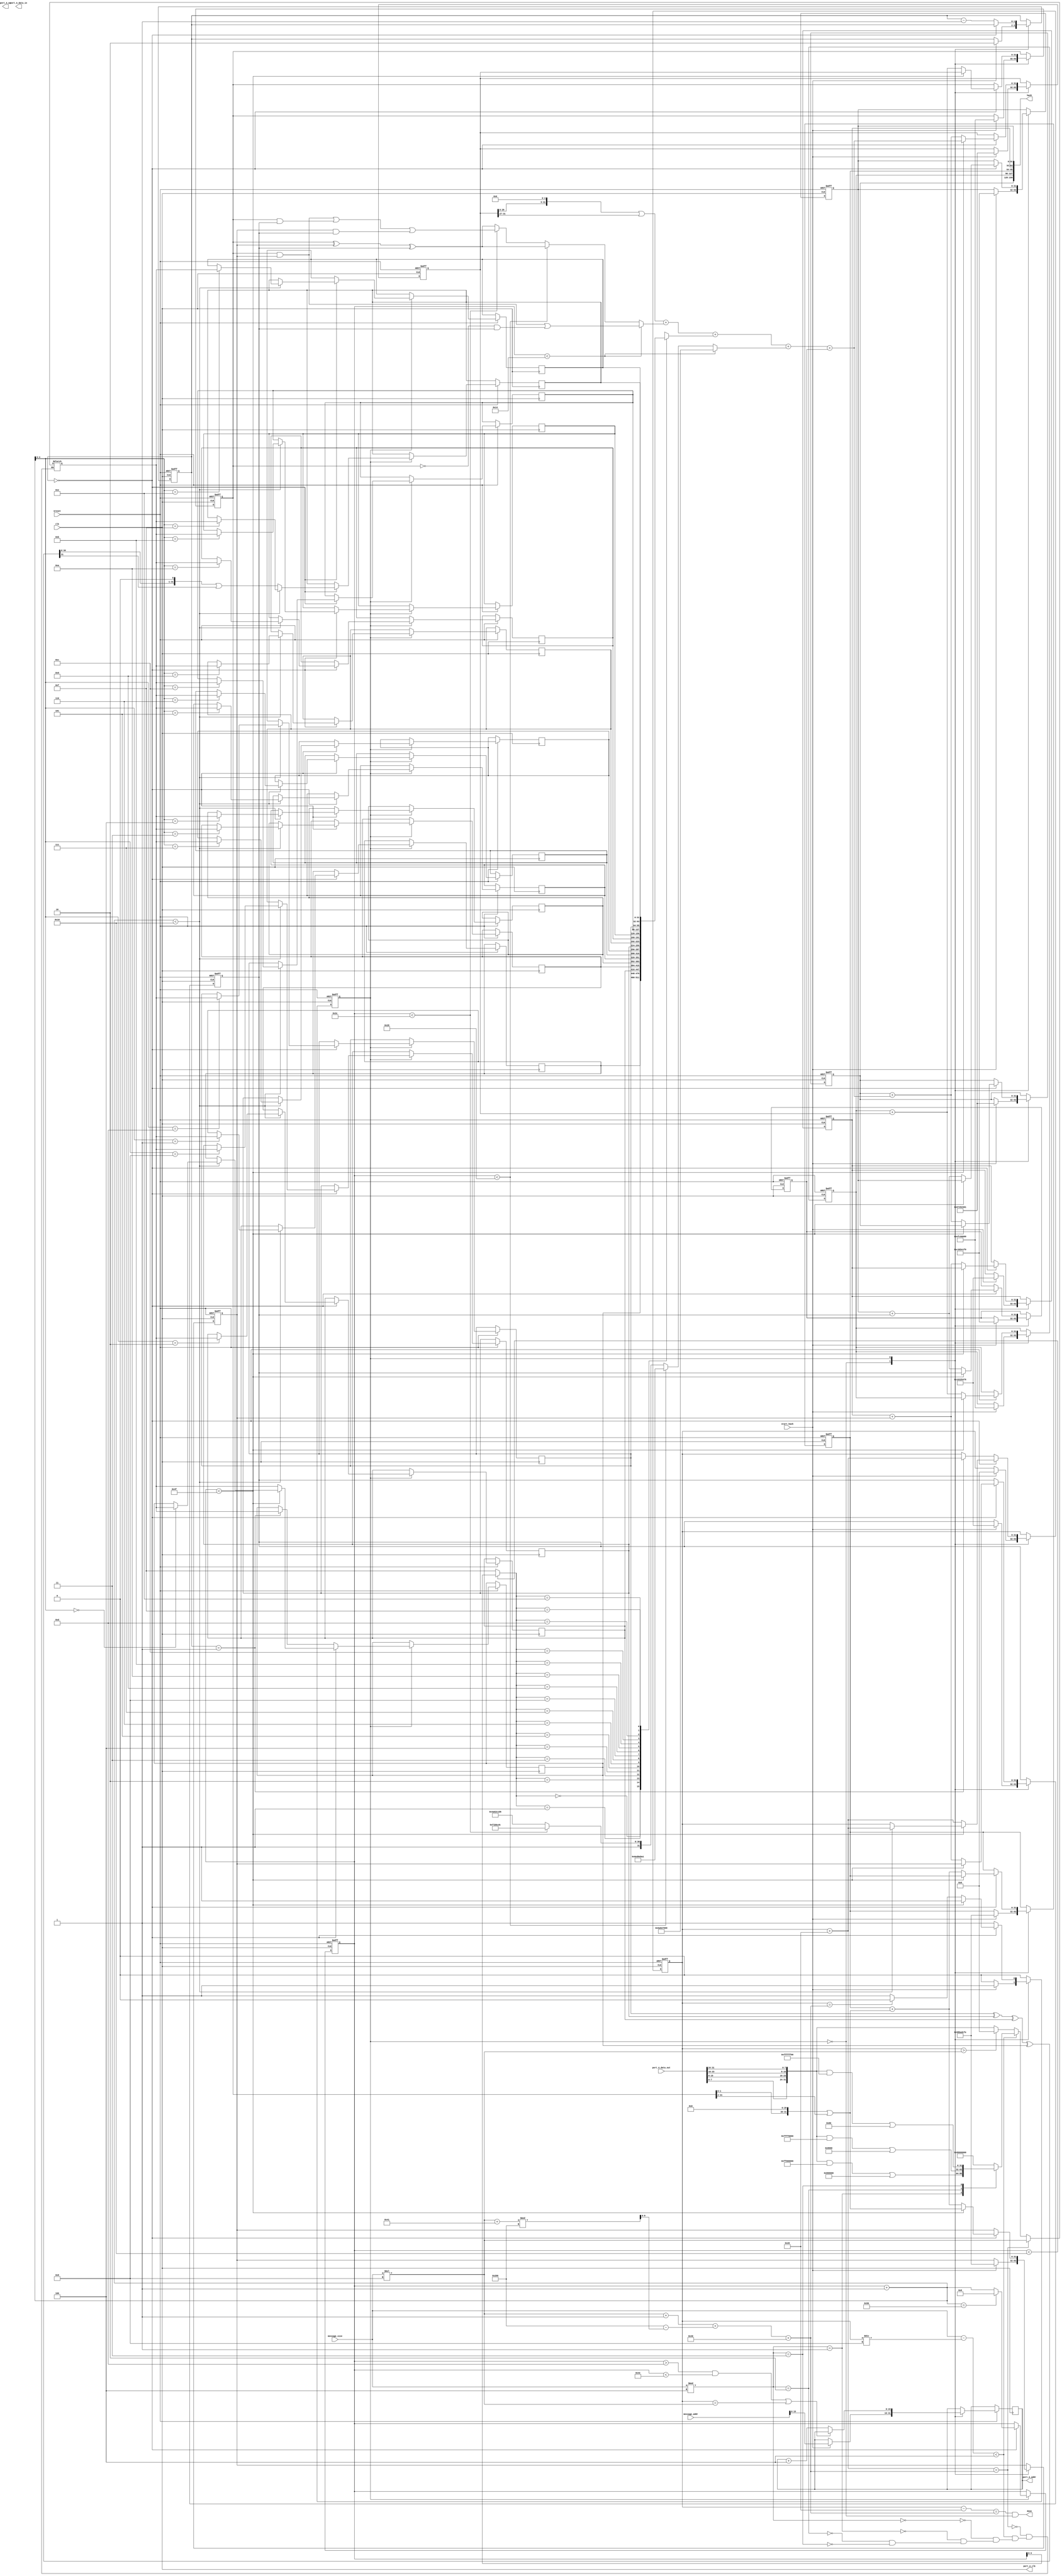
module SHA1_hash_fast (       
	clk, 		
	nreset, 	
	start_hash,  
	message_addr,	
	message_size, 	
	hash, 	
	done, 		
	port_A_clk,
        port_A_data_in,
        port_A_data_out,
        port_A_addr,
        port_A_we
	);
	
//define endian switch function:
function [31:0] changeEndian;
		input [31:0] value;
		changeEndian = { value[7:0], value[15:8], value[23:16], value[31:24]};
endfunction
		
input	clk;
input	nreset; 
// Initializes the SHA1_hash module

input	start_hash; 
// Tells SHA1_hash to start hashing the given frame

input 	[31:0] message_addr; 
// Starting address of the messagetext frame
// i.e., specifies from where SHA1_hash must read the messagetext frame

input	[31:0] message_size; 
// Length of the message in bytes

output	[159:0] hash; 
// hash results


input   [31:0] port_A_data_out; 
// read data from the dpsram (messagetext)

output  [31:0] port_A_data_in;
// write data to the dpsram (ciphertext)

output  [15:0] port_A_addr;
// address of dpsram being read/written 

output  port_A_clk;
// clock to dpsram (drive this with the input clk) 

output  port_A_we;
// read/write selector for dpsram

output	done; // done is a signal to indicate that hash  is complete

parameter IDLE = 1'b0;
parameter COMPUTE = 1'b1;

integer i;

reg [31:0]		runMD[0:4], currMD[0:4], current_length, word_n, W[0:15], K_t, F_b_c_d, T;
reg [15:0]		read_addr;
reg [6:0]		count_t;
reg [1:0]		init_read;
reg				state;

wire [31:0]		word_read_n, total_length, A, B, C, D, E, W_t_next_no_shift, current_length_n, message_size_bit_s;
wire [31:0]		A_n, B_n, C_n, D_n, E_n, A_plus, B_plus, C_plus, D_plus, E_plus, BxCxD, BandC;
wire [15:0]		read_addr_n;
wire [9:0]		zero_pad_length;
wire [6:0]		count_t_n, count_t_n_mod, current_W;
wire				stop_read;




/////////ASSIGNMENTS//////////////

//INIT 
//NOTE: I think zero_pad_length is 1 more if this mod is not zero
assign zero_pad_length = 512 - ((message_size_bit_s + 65) % 512);
	//size of message + 1 + number of zeros + size of size encoding.
assign total_length = message_size_bit_s + 1 + zero_pad_length + 64;

//READ
assign read_addr_n = ((count_t > 13) & (count_t < 78) | stop_read) ? read_addr : read_addr + 4;
assign stop_read = (current_length == message_size_bit_s);
assign port_A_addr = read_addr;
assign port_A_clk = clk;
assign word_read_n = changeEndian(port_A_data_out);

//COMPUTE:
assign done = (current_length-32 == total_length) && (state == IDLE);
assign current_length_n = current_length + 32;
assign count_t_n = count_t + 1;
assign current_W = (count_t < 16) ? count_t : 15;
assign message_size_bit_s = message_size * 8;

assign A = currMD[0];
assign B = currMD[1];
assign C = currMD[2];
assign D = currMD[3];
assign E = currMD[4];

assign A_n = T;
assign B_n = A;
assign C_n = (B << 30) | (B >> 2);
assign D_n = C;
assign E_n = D;

assign A_plus = runMD[0] + A_n;
assign B_plus = runMD[1] + B_n;
assign C_plus = runMD[2] + C_n;
assign D_plus = runMD[3] + D_n;
assign E_plus = runMD[4] + E_n;

assign BxCxD = B ^ C ^ D;
assign BandC = B & C;

//storage of data optimized
assign W_t_next_no_shift = (W[13] ^ W[8] ^ W[2] ^ W[0]);

//OUT
assign hash = {runMD[0],runMD[1],runMD[2],runMD[3],runMD[4]};


always@(*)
begin
	//check which part of the buffer we want to add:
	if(current_length_n == total_length) begin
		word_n <= message_size_bit_s;
	end
	//single bit pad:
	else if((message_size - (current_length)/8 < 4)) begin
		case(message_size % 4)
		0: word_n <= 32'h80000000;
		1: word_n <= word_read_n & 32'hFF000000 | 32'h00800000;
		2: word_n <= word_read_n & 32'hFFFF0000 | 32'h00008000;
		3: word_n <= word_read_n & 32'hFFFFFF00 | 32'h00000080;
		endcase
	end
	// zero bit pads:
	else if(current_length > message_size_bit_s) begin
		word_n <= 32'h00000000;
	end
	//not doing padding, doing reads:
	else begin
		word_n <= word_read_n;
	end
	
	//compute current K_t and F_b_c_d
	if(count_t < 20) begin
		K_t <= 32'h5a827999;
		F_b_c_d <= BandC | ((~B) & D);
	end
	else if(count_t < 40) begin
		K_t <= 32'h6ed9eba1;
		F_b_c_d <= BxCxD;
	end
	else if(count_t < 60) begin
		K_t <= 32'h8f1bbcdc;
		F_b_c_d <= BandC | (B & D) | (C & D);
	end
	else begin
		K_t <= 32'hca62c1d6;
		F_b_c_d <= BxCxD;
	end
	
	//compute value of T
	T <= ((A << 5) | (A >> 27)) + F_b_c_d + W[current_W] + K_t + E;
end




//main logic:
always@(posedge clk or negedge nreset)
begin
	if(!nreset) begin
		//reset all registers
		state <=	IDLE;
		current_length <= 32'b0;
		count_t <= 7'b0;
		for(i = 0; i < 5; i = 1 + i) begin
			currMD[i] <= 32'b0;
			runMD[i] <= 32'b0;
		end
		init_read <= 2'b0;
	end
	else begin
		case(state)
			
			IDLE: begin
				if(start_hash) begin
					read_addr <= message_addr[15:0];
					state <= COMPUTE;
					init_read <= 2'b10;
					current_length <= 32'b0;
					
					//initialize to M values:
					runMD[0] <= 32'h67452301;
					runMD[1] <= 32'hefcdab89;
					runMD[2] <= 32'h98badcfe;
					runMD[3] <= 32'h10325476;
					runMD[4] <= 32'hc3d2e1f0;
					
					currMD[0] <= 32'h67452301;
					currMD[1] <= 32'hefcdab89;
					currMD[2] <= 32'h98badcfe;
					currMD[3] <= 32'h10325476;
					currMD[4] <= 32'hc3d2e1f0;
					i <= 0;
				end
			end
			COMPUTE: begin
				read_addr <= read_addr_n;
				if(!init_read) begin
					count_t <= (count_t_n == 80) ? 0 : count_t_n; //increment count_t
					//compute next W_t:
					if(count_t_n < 16) begin
						//reads:
						W[count_t_n] <= word_n;
						current_length <= current_length_n;
						i <= 0;
					end
					else begin
						W[15] <= (W_t_next_no_shift << 1) | (W_t_next_no_shift >> 31);
						
						//perform shift
						for(i=15; i > 0; i = i-1) begin
							W[i-1] <= W[i];
						end
						
					end

					if(count_t < 79) begin
						//Perform Algorithm:
						currMD[0] <= A_n;
						currMD[1] <= B_n;
						currMD[2] <= C_n;
						currMD[3] <= D_n;
						currMD[4] <= E_n;
					end
					else begin
						state <= (current_length == total_length) ? IDLE : COMPUTE;
						runMD[0] <= A_plus;
						runMD[1] <= B_plus;
						runMD[2] <= C_plus;
						runMD[3] <= D_plus;
						runMD[4] <= E_plus;
						
						currMD[0] <= A_plus;
						currMD[1] <= B_plus;
						currMD[2] <= C_plus;
						currMD[3] <= D_plus;
						currMD[4] <= E_plus;
						current_length <= current_length_n;
						W[0] <= word_n;
					end
				end
				else begin
					init_read <= init_read - 1;
					if(init_read == 2'b01) begin
						W[0] <= word_n;
						current_length <= current_length_n;
					end
				end
			end
		
		endcase
	end


end



endmodule